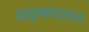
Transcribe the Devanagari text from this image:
संतूरवादनात